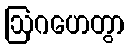
ဩဂဟေတွာ